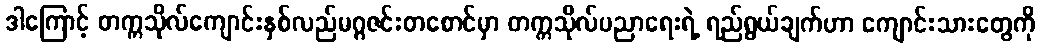
ဒါကြောင့် တက္ကသိုလ်ကျောင်းနှစ်လည်မဂ္ဂဇင်းတစောင်မှာ တက္ကသိုလ်ပညာရေးရဲ့ ရည်ရွယ်ချက်ဟာ ကျောင်းသားတွေကို